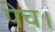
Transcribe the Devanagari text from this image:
पेच।